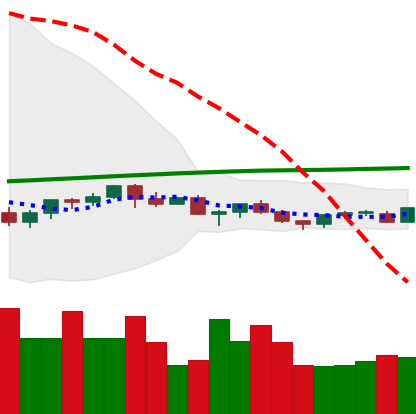
Ticker: TRX-USD
Chart end date: 2021-06-17
Forward return: -30.996%
Label: down_7plus